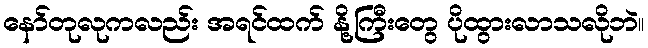
နော်တုလုကလည်း အရင်ထက် နို့ကြီးတွေ ပိုထွားလာသလိုဘဲ။